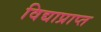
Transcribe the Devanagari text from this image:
विद्याप्राप्त